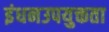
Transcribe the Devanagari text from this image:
इंधनउपयुक्तता